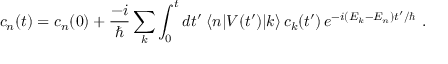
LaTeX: c _ { n } ( t ) = c _ { n } ( 0 ) + { \frac { - i } { \hbar } } \sum _ { k } \int _ { 0 } ^ { t } d t ^ { \prime } \; \langle n | V ( t ^ { \prime } ) | k \rangle \, c _ { k } ( t ^ { \prime } ) \, e ^ { - i ( E _ { k } - E _ { n } ) t ^ { \prime } / \hbar } ~ .